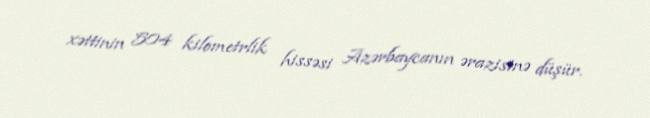
xəttinin 504 kilometrlik hissəsi Azərbaycanın ərazisinə düşür.